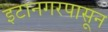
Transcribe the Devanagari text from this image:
इटानगरपासून